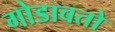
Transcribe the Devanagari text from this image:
गोडावतो